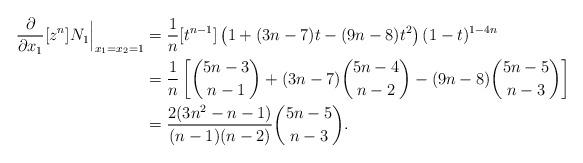
LaTeX: \begin{align*}\frac{\partial}{\partial x_1} [z^n] N_1 \Big|_{x_1 = x_2= 1} &= \frac{1}{n} [t^{n-1}] \left(1+(3n-7)t-(9n-8)t^2\right) (1-t)^{1-4n} \\&= \frac{1}{n} \left[ \binom{5n-3}{n-1} +(3n-7) \binom{5n-4}{n-2}-(9n-8)\binom{5n-5}{n-3}\right] \\&= \frac{2(3n^2-n-1)}{(n-1)(n-2)} \binom{5n-5}{n-3}.\end{align*}